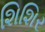
શિશિર